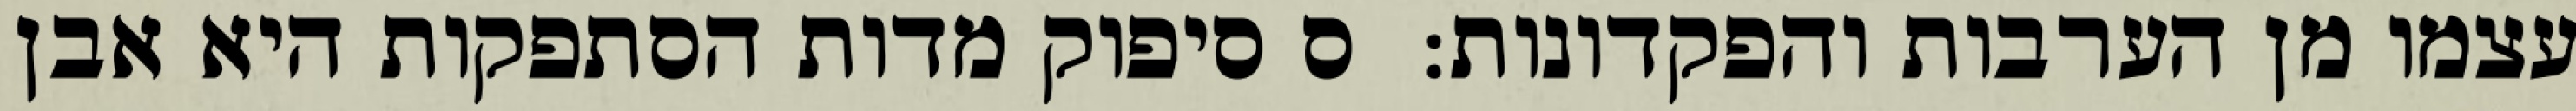
עצמו מן הערבות והפקדונות:  ס סיפוק מדות הסתפקות היא אבן